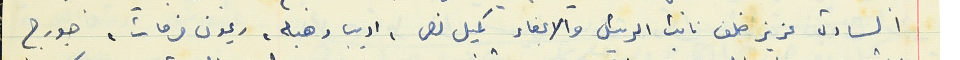
السادة عزيز خلف نائب الرئيس والاعضاء كميل نصر ، اديب وهبه، ريمون فرحات، جورج